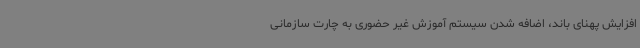
افزایش پهنای باند، اضافه شدن سیستم آموزش غیر حضوری به چارت سازمانی